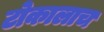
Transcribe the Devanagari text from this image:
टोकालाच